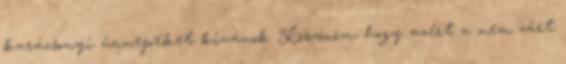
karácsonyi ünnepeket kívánok Köszönöm, hogy azért a nem zárt